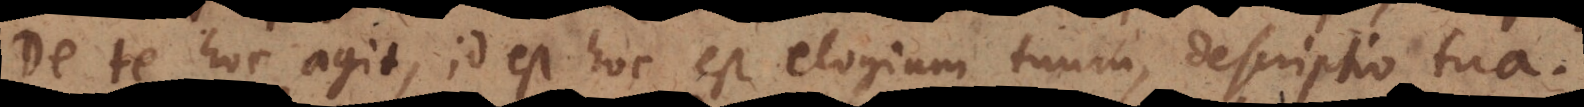
De te hoc agit, id est hoc est elogium tuum, descriptio tua.